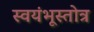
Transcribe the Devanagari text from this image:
स्वयंभूस्तोत्र